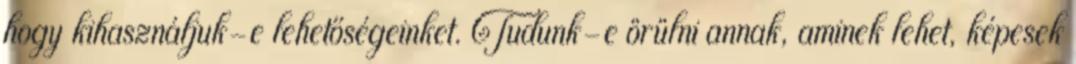
hogy kihasználjuk-e lehetőségeinket. Tudunk-e örülni annak, aminek lehet, képesek